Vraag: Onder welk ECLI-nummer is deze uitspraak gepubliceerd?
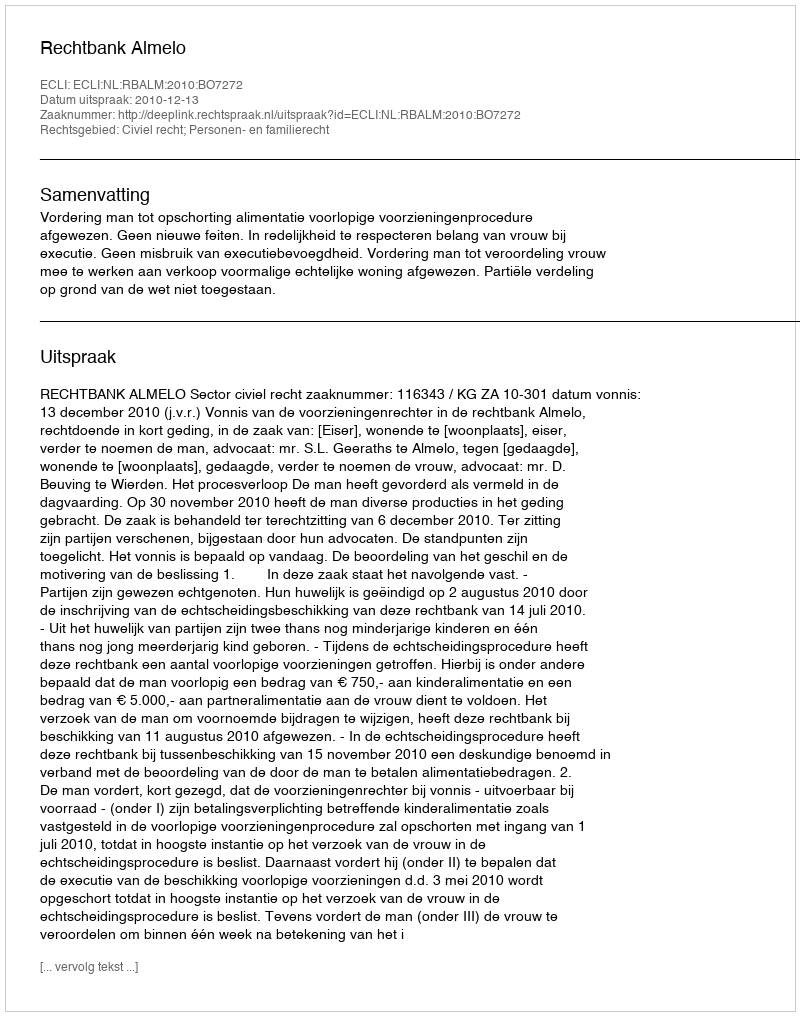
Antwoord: ECLI:NL:RBALM:2010:BO7272